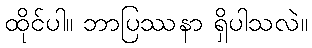
ထိုင်ပါ။ ဘာပြဿနာ ရှိပါသလဲ။